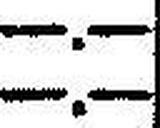
—.—